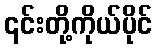
၎င်းတို့ကိုယ်ပိုင်